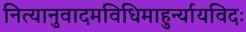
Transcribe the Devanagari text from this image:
नित्यानुवादमविधिमाहुर्न्यायविदः